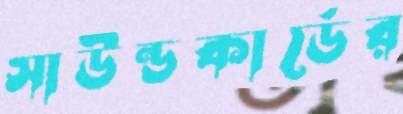
সাউন্ডকার্ডের